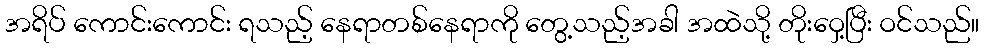
အရိပ် ကောင်းကောင်း ရသည့် နေရာတစ်နေရာကို တွေ့သည့်အခါ အထဲသို့ တိုးဝှေ့ပြီး ဝင်သည်။